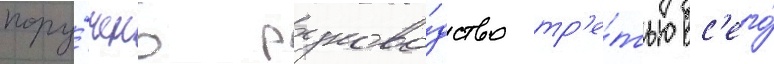
пору́чено руково́дство тр'е́тью вс'его́